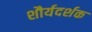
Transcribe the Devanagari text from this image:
शौर्यदर्शक